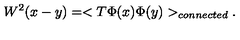
W ^ { 2 } ( x - y ) = < T \Phi ( x ) \Phi ( y ) > _ { c o n n e c t e d } .